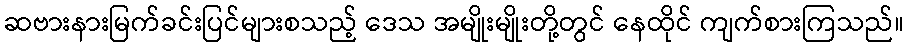
ဆဗားနားမြက်ခင်းပြင်များစသည့် ဒေသ အမျိုးမျိုးတို့တွင် နေထိုင် ကျက်စားကြသည်။